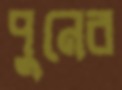
পুনের